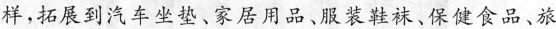
样，拓展到汽车坐垫、家居用品、服装鞋袜、保健食品、旅